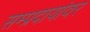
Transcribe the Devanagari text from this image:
सम्प्रदायांवर